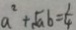
a ^ { 2 } + \sqrt { a } b = \frac { 1 } { 4 }